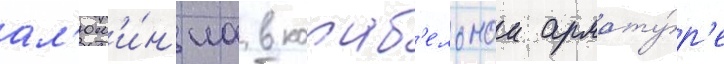
ал'юм'и́н'иа в кораб'ельнои армату́р'е